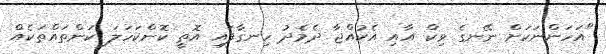
"އަހަންނަަކަށް ނޭނގެ ވިކް އާއި އެކުއްޖާ ދެމެދު ހިނގާފައި އޮތީ ކޮންކަހަލަ ކަންތައްތަކެއް